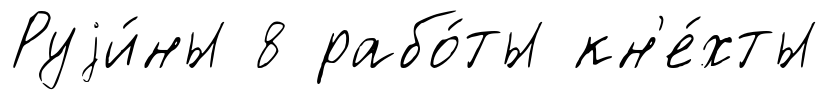
Руjи́ны 8 рабо́ты кн'е́хты